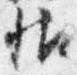
帖